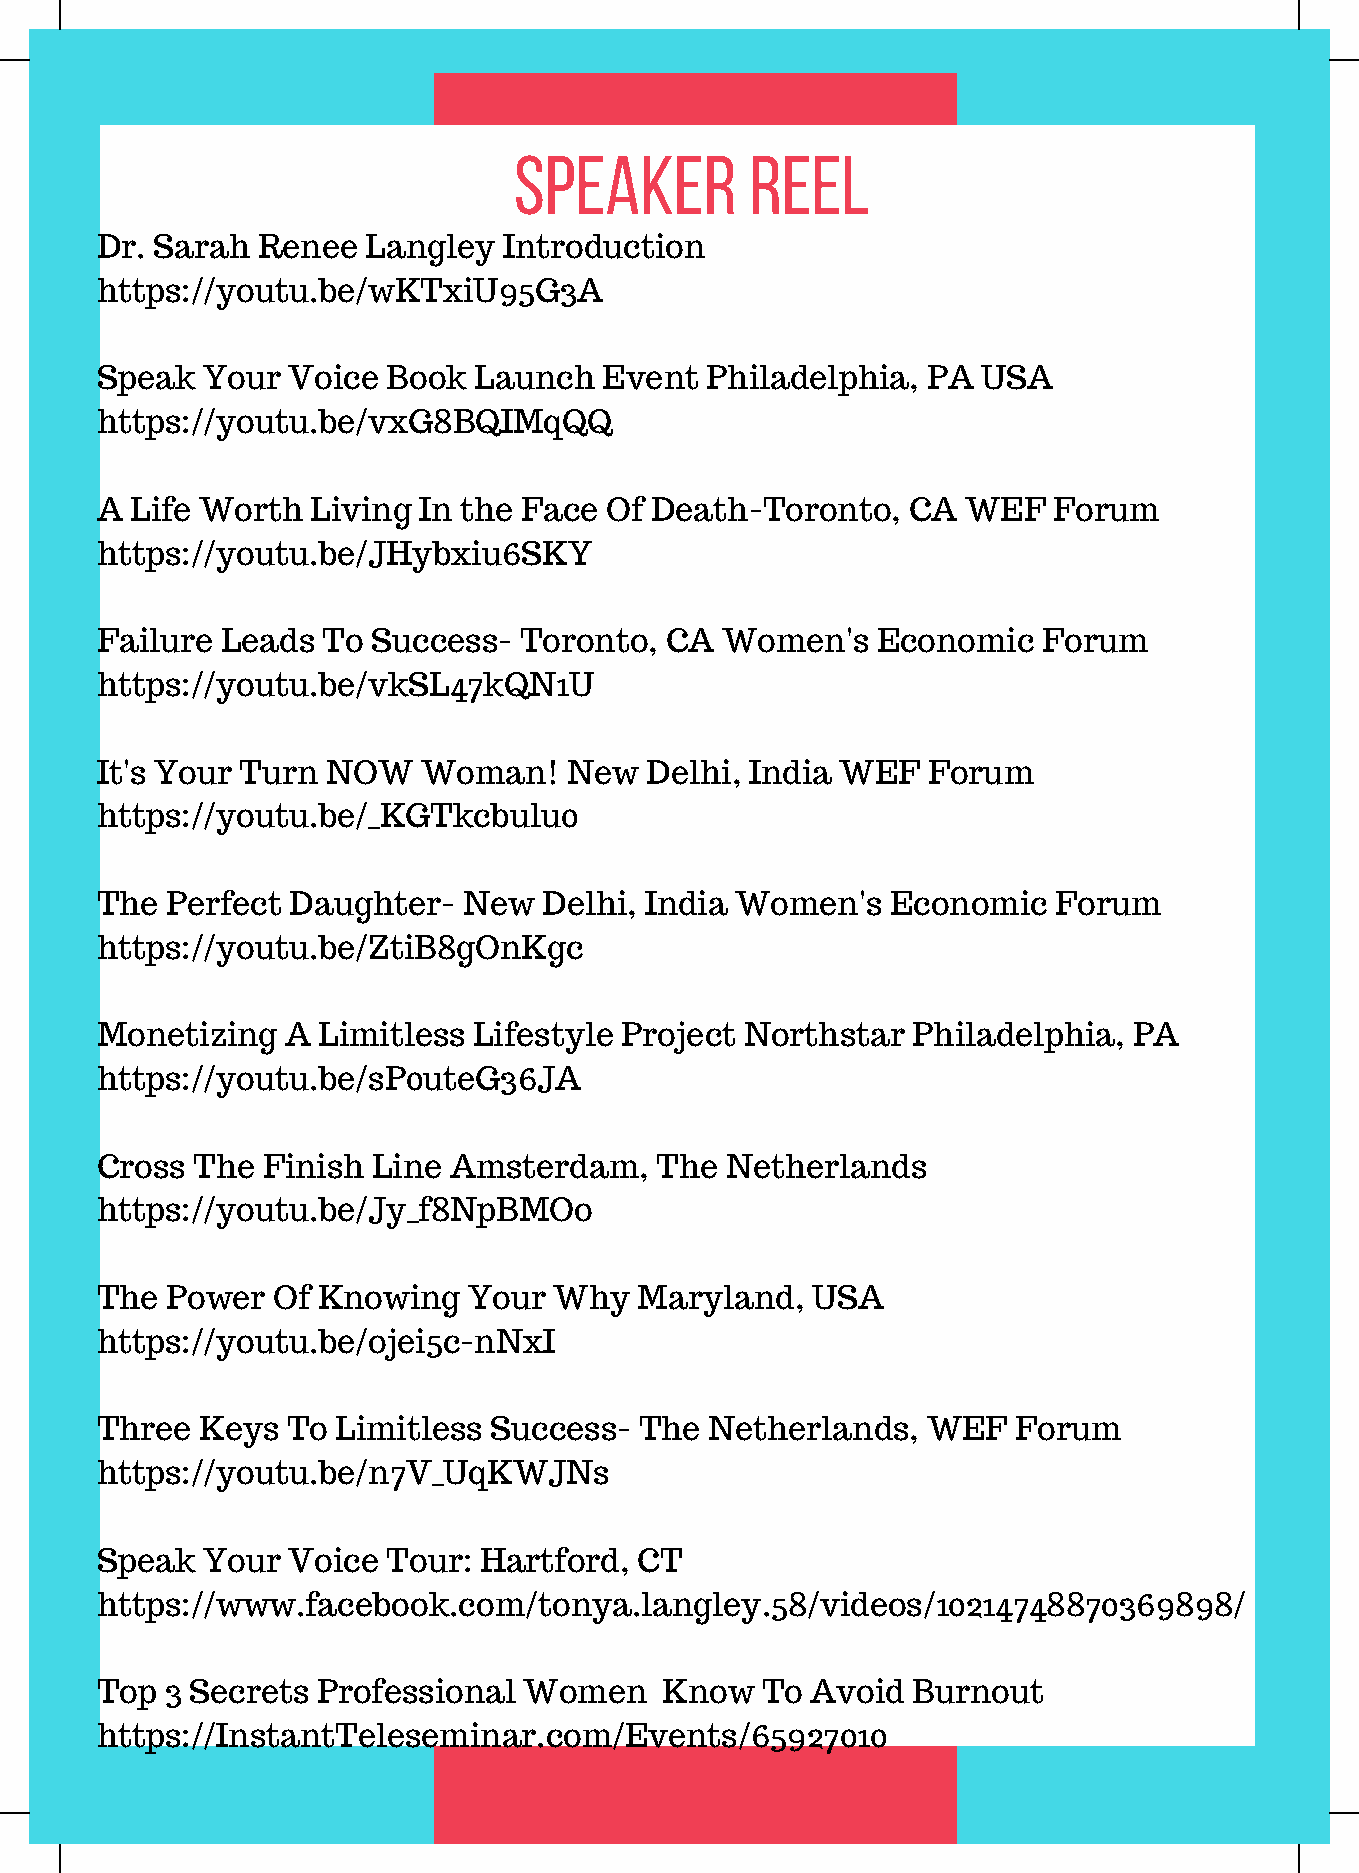
speaker         Reel
 Dr. Sarah  Renee  Langley  Introduction
 https://youtu.be/wKTxiU95G3A
 Speak  Your  Voice  Book Launch   Event  Philadelphia, PA  USA
 https://youtu.be/vxG8BQIMqQQ
 A  Life Worth  Living In the Face Of Death-Toronto,   CA  WEF   Forum
 https://youtu.be/JHybxiu6SKY
 Failure  Leads To  Success- Toronto,  CA  Women's   Economic   Forum
 https://youtu.be/vkSL47kQN1U
 It's Your Turn  NOW   Woman!    New  Delhi, India WEF  Forum
 https://youtu.be/_KGTkcbulu0
 The  Perfect Daughter-   New  Delhi, India Women's   Economic   Forum
 https://youtu.be/ZtiB8gOnKgc
 Monetizing   A Limitless Lifestyle Project Northstar  Philadelphia,  PA
 https://youtu.be/sP0uteG36JA
 Cross  The Finish  Line Amsterdam,   The  Netherlands
 https://youtu.be/Jy_f8NpBMOo
 The  Power  Of Knowing   Your  Why  Maryland,   USA
 https://youtu.be/ojei5c-nNxI
 Three  Keys  To Limitless Success-  The  Netherlands,  WEF   Forum
 https://youtu.be/n7V_UqKWJNs
 Speak  Your  Voice  Tour: Hartford, CT
 https://www.facebook.com/tonya.langley.58/videos/10214748870369898/
 Top  3 Secrets Professional  Women    Know  To  Avoid Burnout
 https://InstantTeleseminar.com/Events/65927010